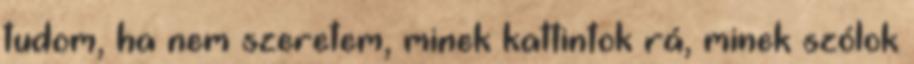
tudom, ha nem szeretem, minek kattintok rá, minek szólok